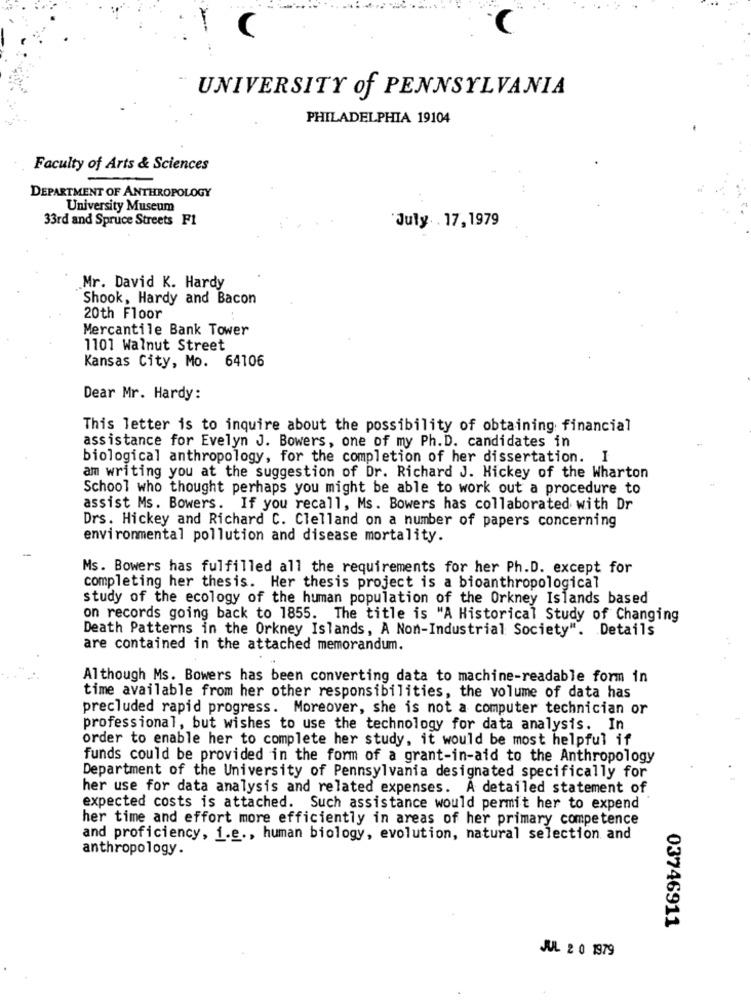
UNIVERSITY of PENNSYLVANIA
PHILADELPHIA 19104
Faculty of Arts & Sciences
DEPARTMENT OF ANTHROPOLOGY
University Museum
33rd and Spruce Streets F1
'July . 17, 1979
Mr. David K. Hardy
Shook, Hardy and Bacon
20th Floor
Mercantile Bank Tower
1101 Walnut Street
Kansas City, Mo. 64106
Dear Mr. Hardy:
This letter is to inquire about the possibility of obtaining financial
assistance for Evelyn J. Bowers, one of my Ph. D. candidates in
biological anthropology, for the completion of her dissertation. I
am writing you at the suggestion of Dr. Richard J. Hickey of the Wharton
School who thought perhaps you might be able to work out a procedure to
assist Ms. Bowers. If you recall, Ms. Bowers has collaborated with Dr
Drs. Hickey and Richard C. Clelland on a number of papers concerning
environmental pollution and disease mortality.
Ms. Bowers has fulfilled all the requirements for her Ph.D. except for
completing her thesis. Her thesis project is a bioanthropological
study of the ecology of the human population of the Orkney Islands based
on records going back to 1855. The title is "A Historical Study of Changing
Death Patterns in the Orkney Islands, A Non-Industrial Society". Details
are contained in the attached memorandum.
Although Ms. Bowers has been converting data to machine-readable form in
time available from her other responsibilities, the volume of data has
precluded rapid progress. Moreover, she is not a computer technician or
professional, but wishes to use the technology for data analysis. In
order to enable her to complete her study, it would be most helpful if
funds could be provided in the form of a grant-in-aid to the Anthropology
Department of the University of Pennsylvania designated specifically for
her use for data analysis and related expenses. A detailed statement of
expected costs is attached. Such assistance would permit her to expend
her time and effort more efficiently in areas of her primary competence
and proficiency, i.e ., human biology, evolution, natural selection and
anthropology.
03746911
JUL 2 0 1979